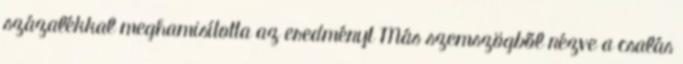
százalékkal meghamisította az eredményt Más szemszögből nézve a csalás